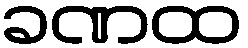
ခဏထ